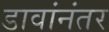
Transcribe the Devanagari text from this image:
डावांनंतर